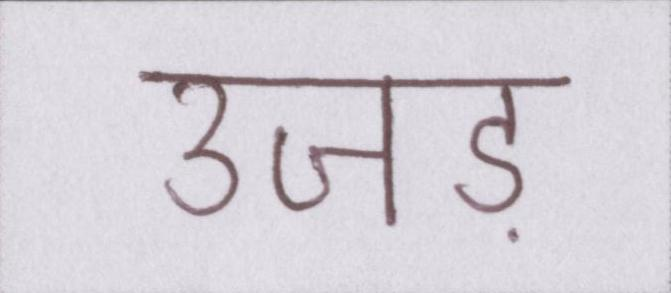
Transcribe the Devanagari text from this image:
उजड़